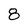
Character: 8